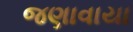
જણાવાયા